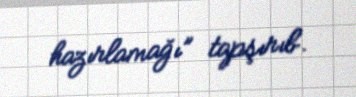
hazırlamağı” tapşırıb.